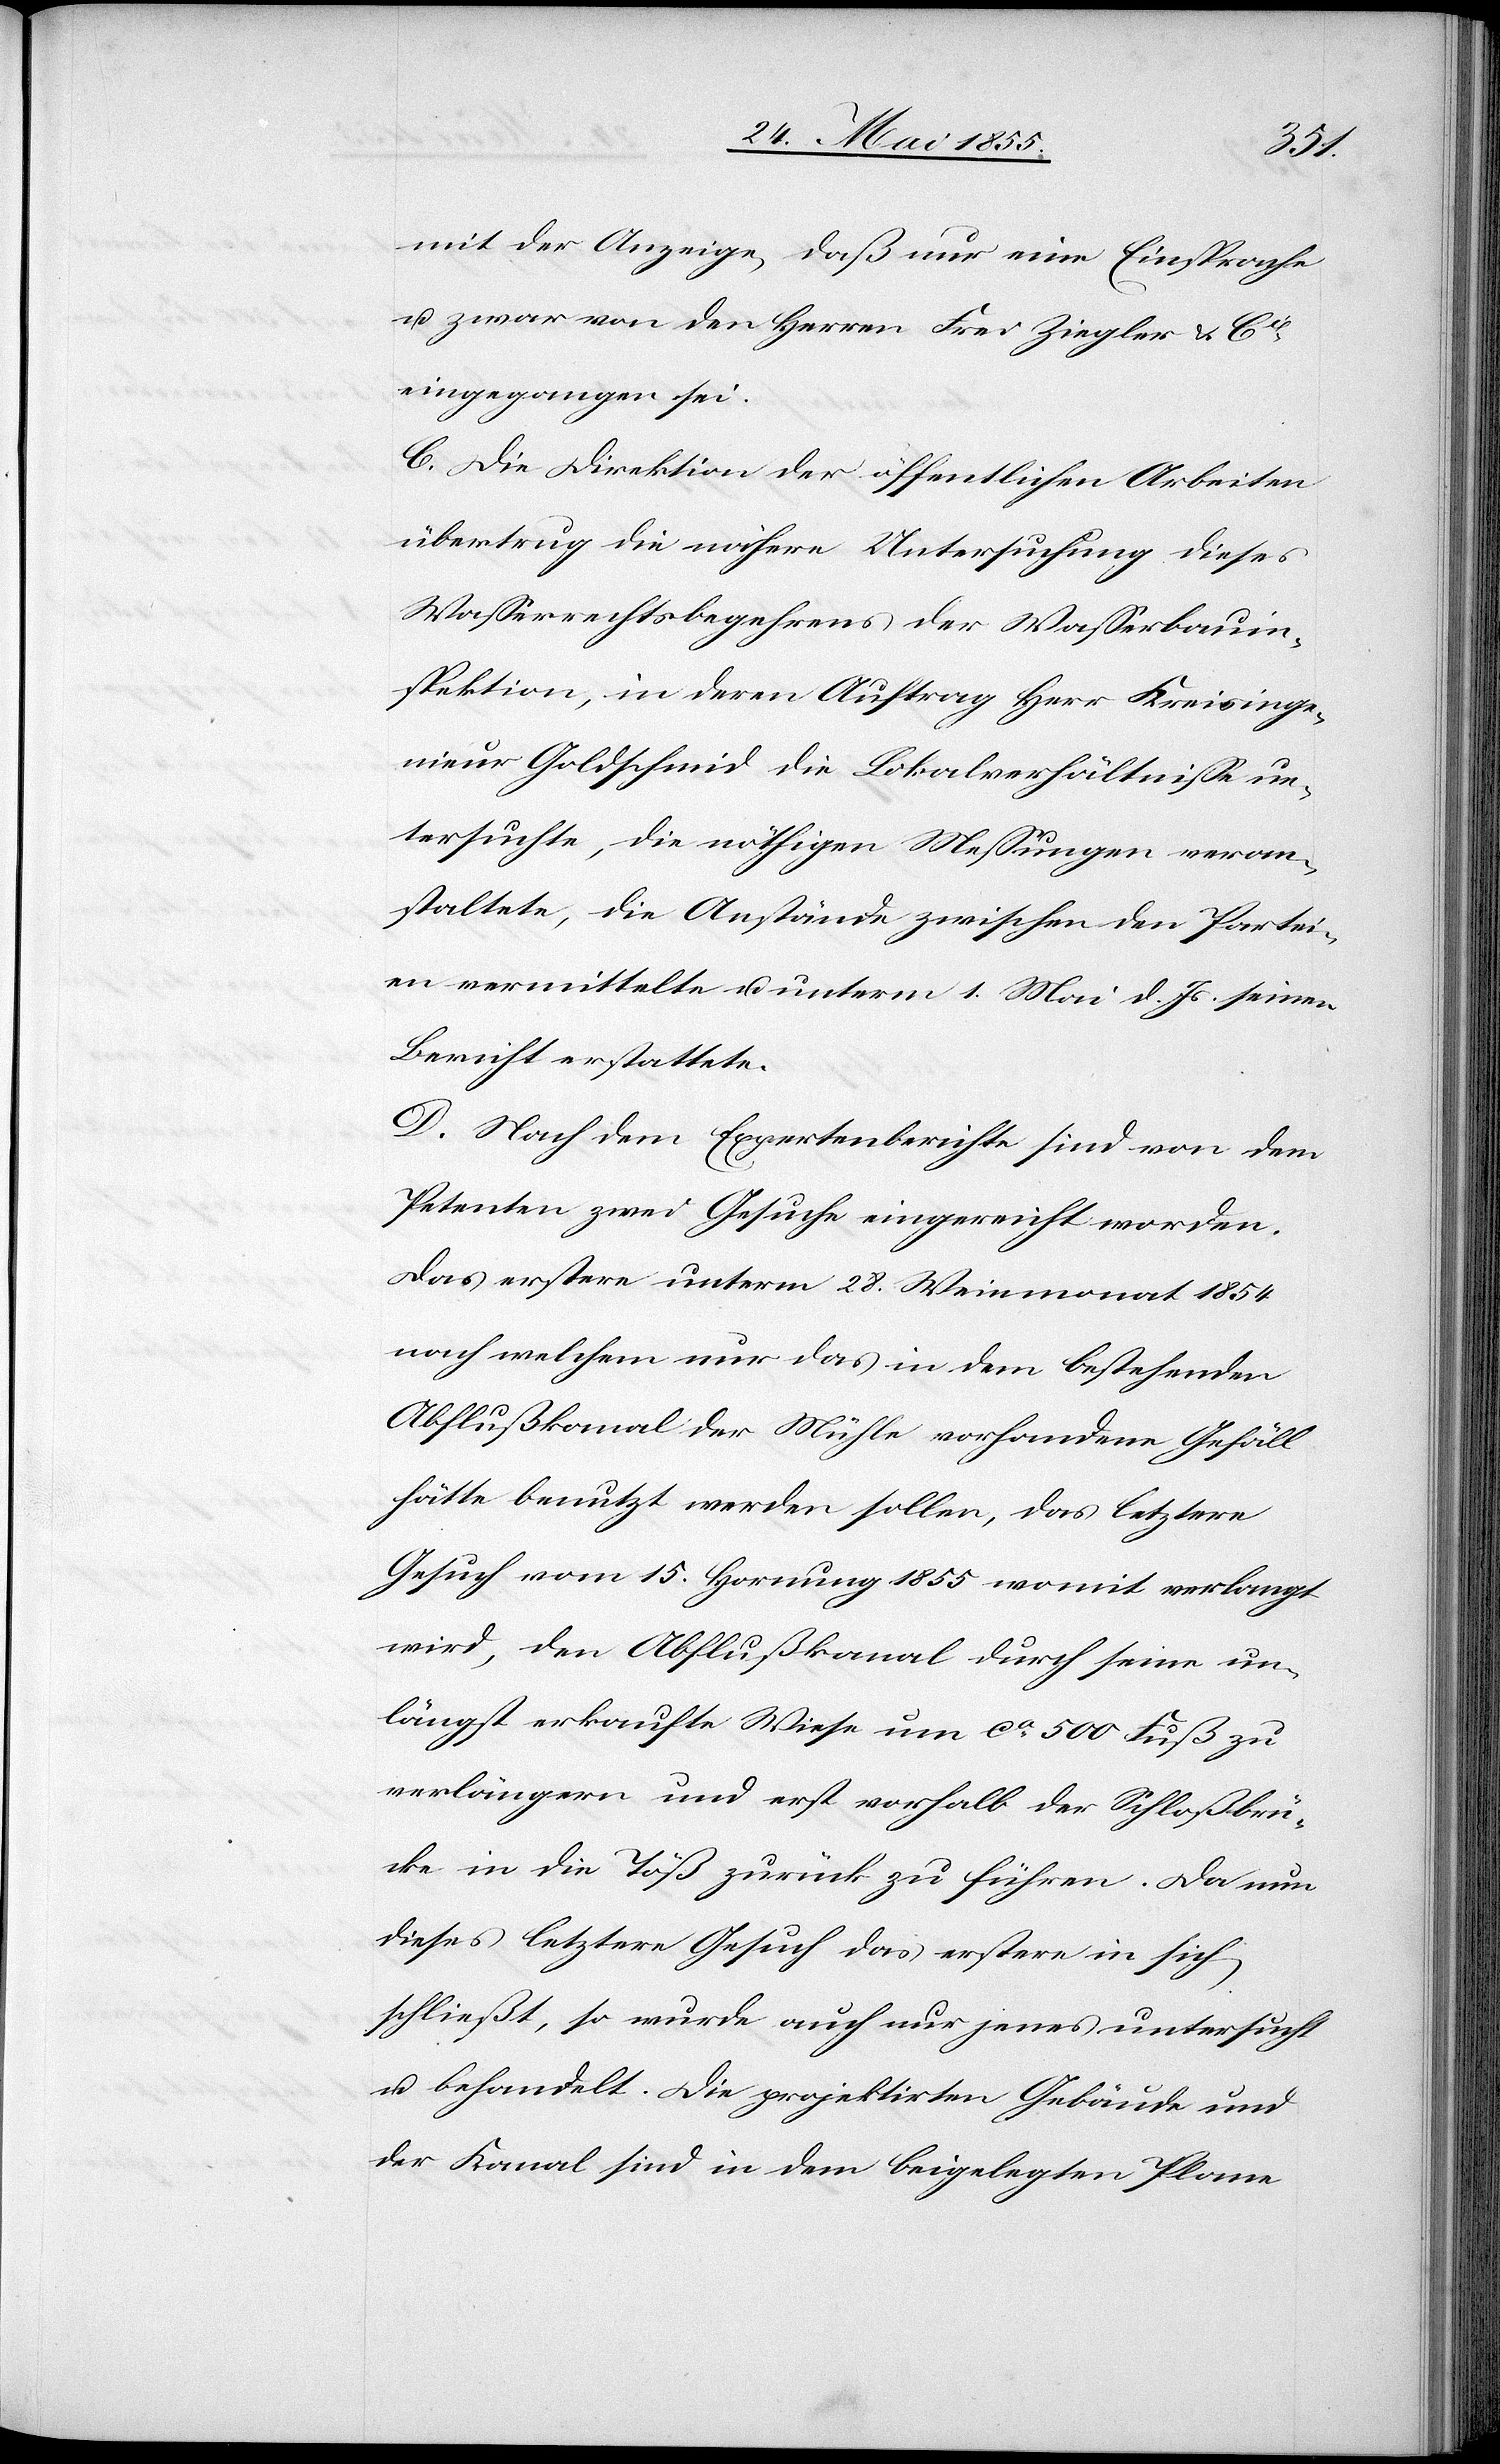
mit der Anzeige, daß nur eine Einsprache
u. zwar von den Herren Frei Ziegler &
eingegangen sei.
C. Die Direktion der öffentlichen Arbeiten
übertrug die nähere Untersuchung dieses
Wasserrechtsbegehrens der Wasserbauin¬
spektion, in deren Auftrag Herr Kreisinge¬
nieur Goldschmid die Lokalverhältnisse un¬
tersuchte, die nöthigen Messungen veran¬
staltete, die Anstände zwischen den Partei¬
en vermittelte u. unterm 1. Mai d. Js. seinen
Bericht erstattete.
D. Nach dem Expertenberichte sind von dem
Petenten zwei Gesuche eingereicht worden.
Das erstere unterm 28. Weinmonat 1854
nach welchem nur das in dem bestehenden
Abflußkanal der Mühle vorhandene Gefäll
hätte benutzt werden sollen, das letztere
Gesuch vom 15. Hornung 1855 womit verlangt
wird, den Abflußkanal durch seine un¬
längst erkaufte Wiese um ca 500 Fuß zu
verlängern und erst vorhalb der Schloßbrü¬
cke in die Töß zurück zu führen. Da nun
dieses letztere Gesuch das erstere in sich
schließt, so wurde auch nur jenes untersucht
u. behandelt. Die projektirten Gebäude und
der Kanal sind in dem beigelegten Plane